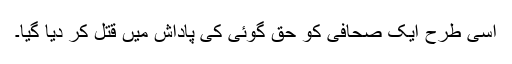
اسی طرح ایک صحافی کو حق گوئی کی پاداش میں قتل کر دیا گیا۔